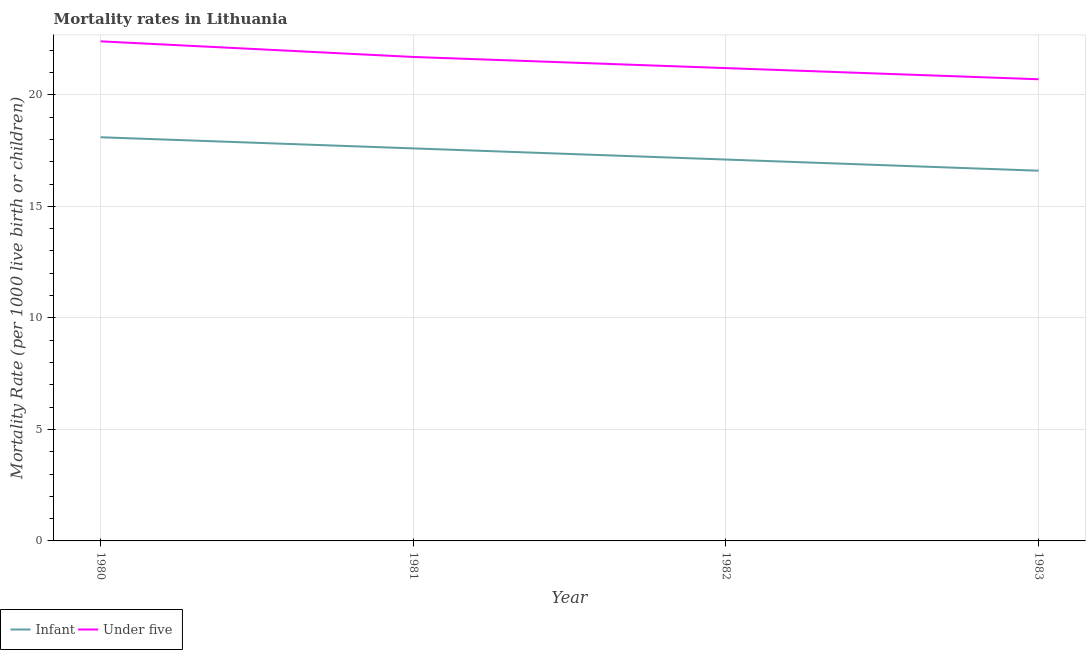
| Year | Infant | Under five |
 | --- | --- | --- |
 | 1980 | 18.1 | 22.4 |
 | 1981 | 17.6 | 21.7 |
 | 1982 | 17.1 | 21.2 |
 | 1983 | 16.6 | 20.7 |